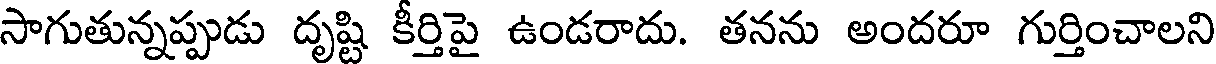
సాగుతున్నప్పుడు దృష్టి కీర్తిపై ఉండరాదు. తనను అందరూ గుర్తించాలని